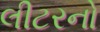
લીટરનો